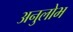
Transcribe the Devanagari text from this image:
अनुलोभ